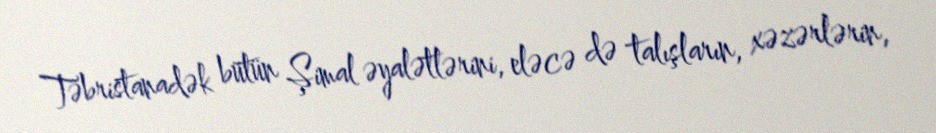
Təbristanadək bütün Şimal əyalətlərini, eləcə də talışların, xəzərlərin,